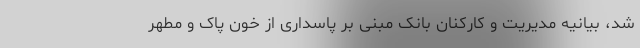
شد، بیانیه مدیریت و کارکنان بانک مبنی بر پاسداری از خون پاک و مطهر